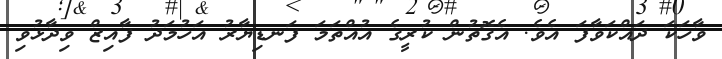
ވާހަކަ ދައްކަވާފަ އެވެ. އެގޮތުން ކުރީގެ އުއްތަމަ ފަނޑިޔާރު އަހުމަދު ފާއިޒް ވިދާޅުވި